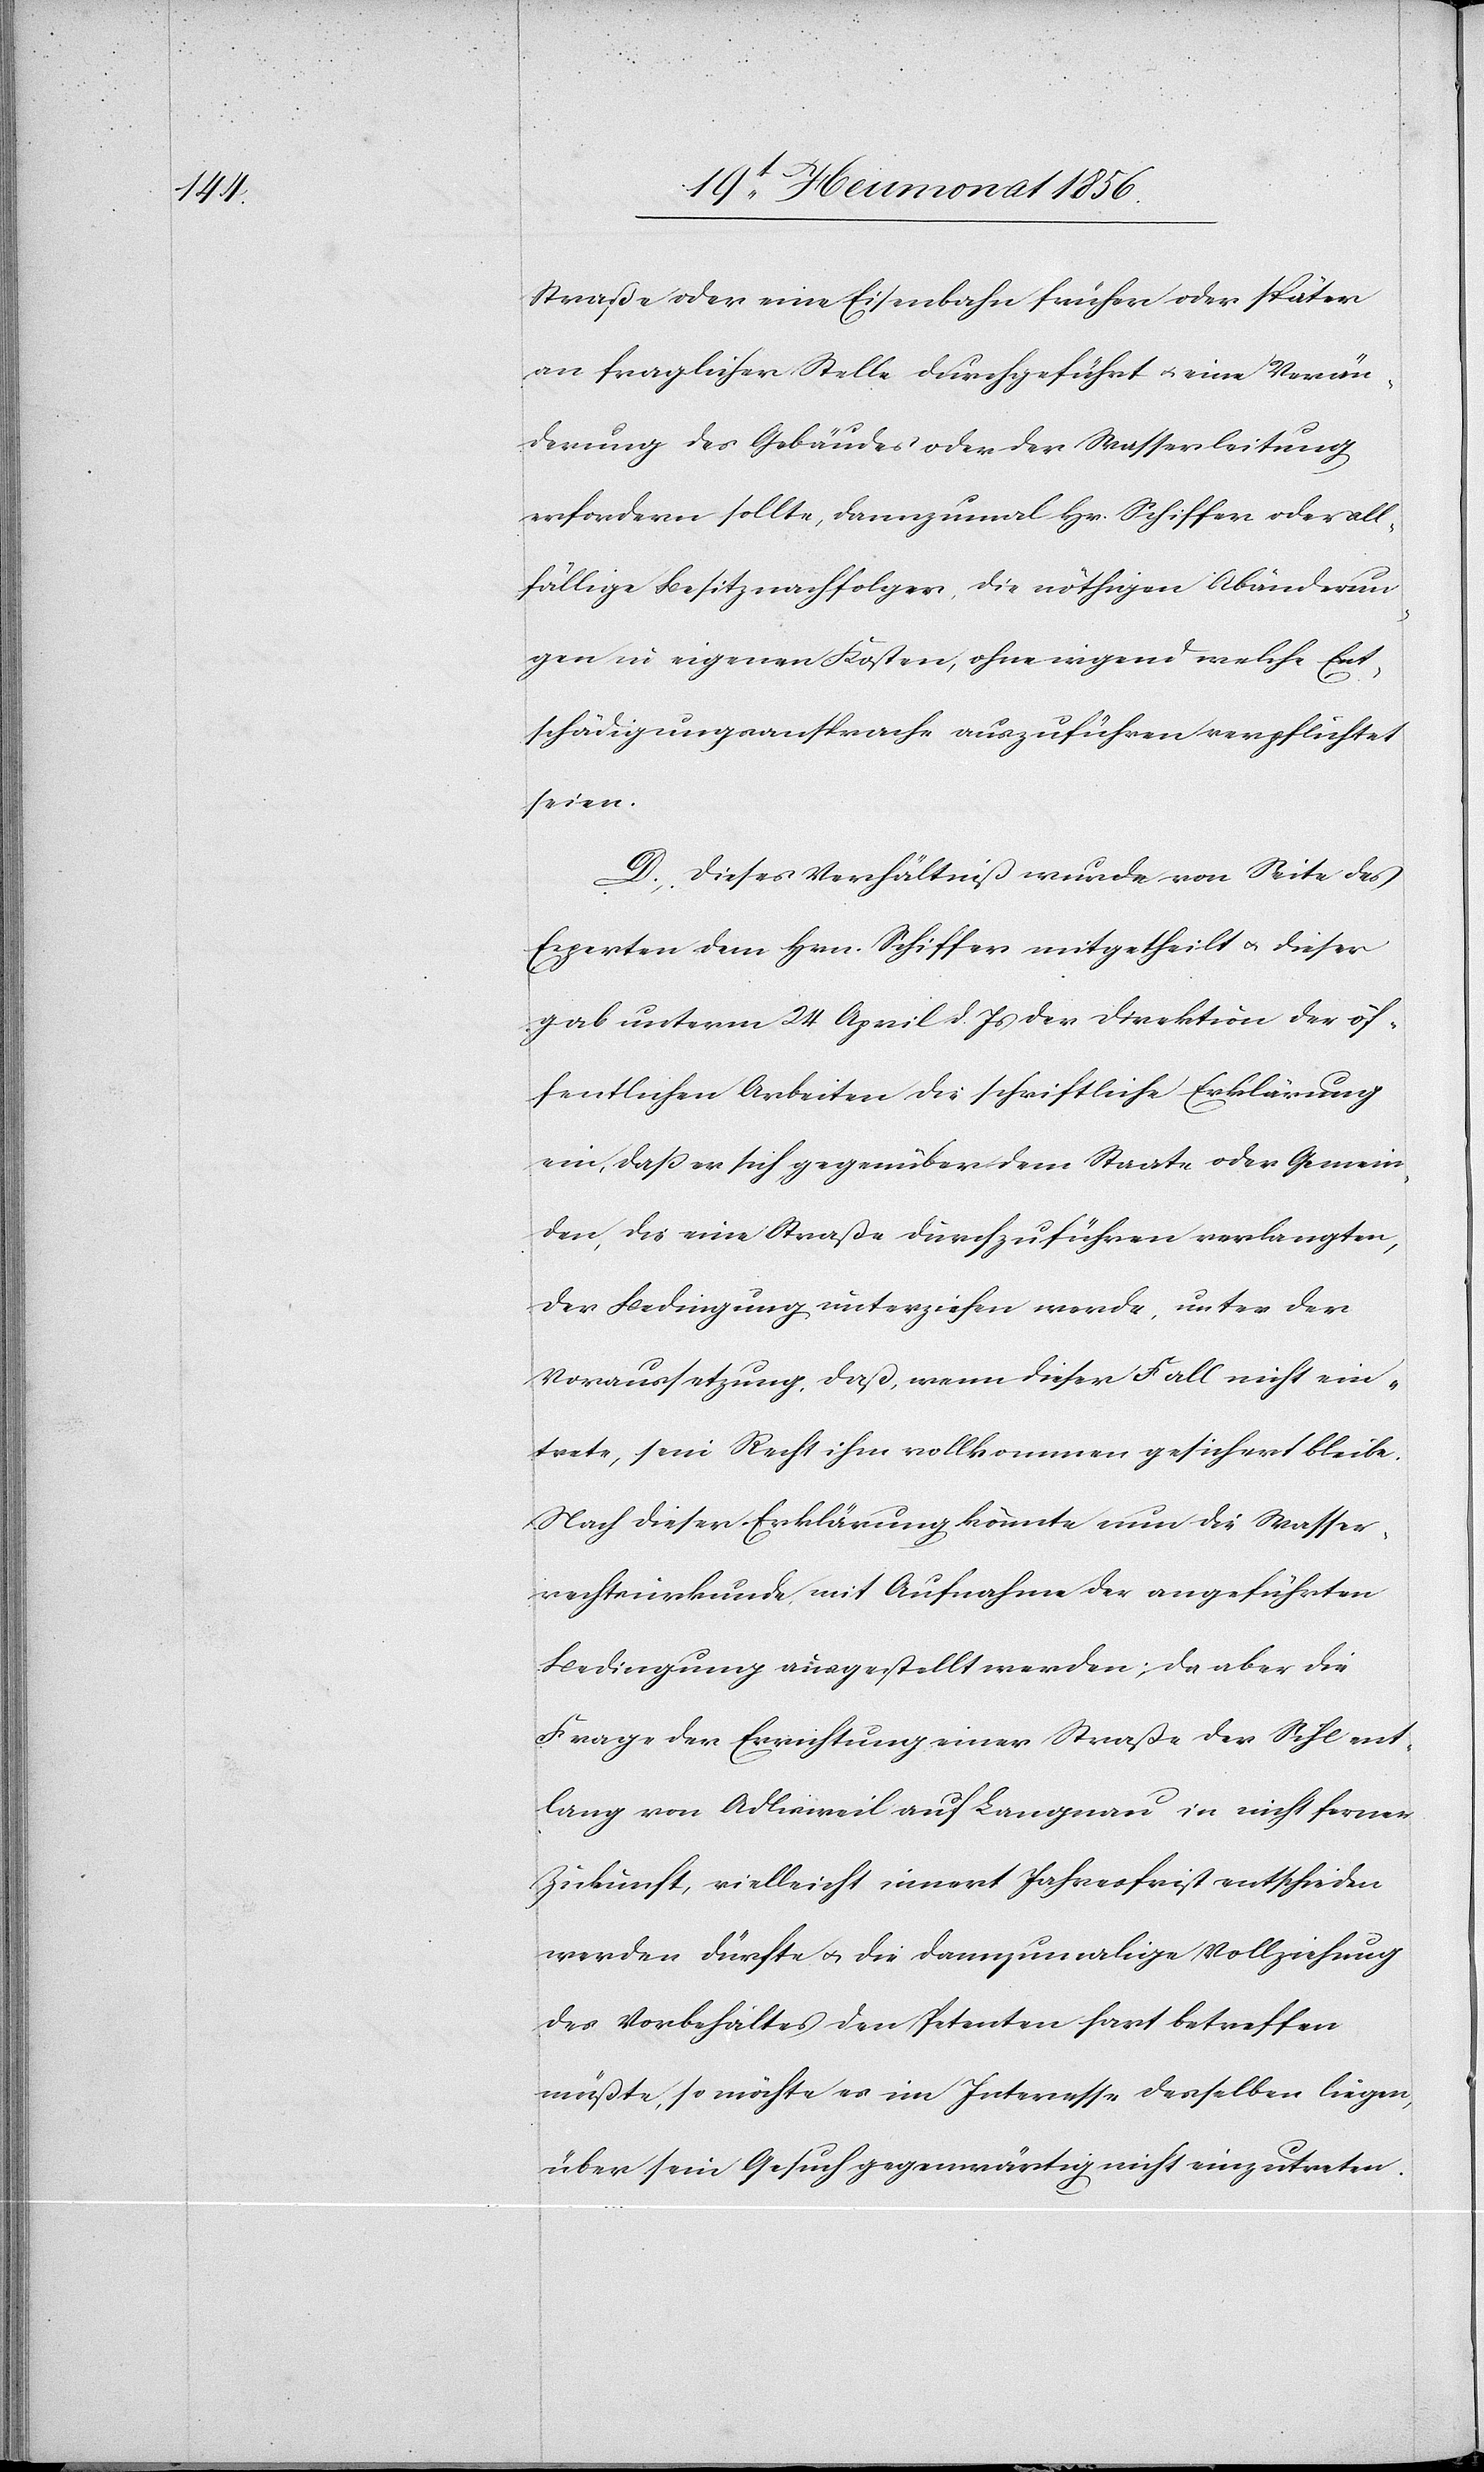
Straße oder eine Eisenbahn früher oder später
an fraglicher Stelle durchgeführt u. eine Verän¬
derung des Gebäudes oder der Wasserleitung
erfordern sollte, dannzumal Hr. Schiffer oder all¬
fällige Besitzernachfolger, die nöthigen Abänderun¬
gen in eigenen Kosten, ohne irgend welche Ent¬
schädigungsansprache auszuführen verpflichtet
seien.
D. Dieses Verhältniß wurde von Seite des
Experten dem Hrn. Schiffer mitgetheilt u. dieser
gab unterm 24 April d. Js der Direktion der öf¬
fentlichen Arbeiten die schriftliche Erklärung
ein, dass er sich gegenüber dem Staate oder Gemein¬
den, die eine Straße durchzuführen verlangten,
der Bedingung unterziehen werde, unter der
Voraussetzung, daß, wenn dieser Fall nicht ein¬
trete, sein Recht ihm vollkommen gesichert bleibe.
Nach dieser Erklärung könnte nun die Wasser¬
rechtsurkunde mit Aufnahme der angeführten
Bedingung ausgestellt werden; da aber die
Frage der Errichtung einer Straße der Sihl ent¬
lang von Adlisweil auf Langnau in nicht ferner
Zukunft, vielleicht innert Jahresfrist entschieden
werden dürfte u. die dannzumalige Vollziehung
des Vorbehaltes den Petenten hart betreffen
müßte, so möchte es im Interesse desselben liegen,
über sein Gesuch gegenwärtig nicht einzutreten.